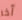
آخر